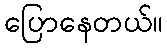
ပြောနေတယ်။